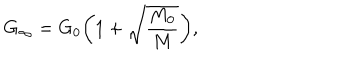
G _ { \infty } = G _ { 0 } \biggl ( 1 + \sqrt { \frac { M _ { 0 } } { M } } \biggr ) ,